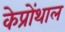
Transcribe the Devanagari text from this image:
केप्रोंथाल